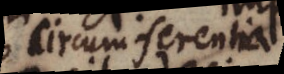
circumferentia